Civil Veterinary Dept. Bombay admin report 1923-31 - 1923-1931
Year: 1923
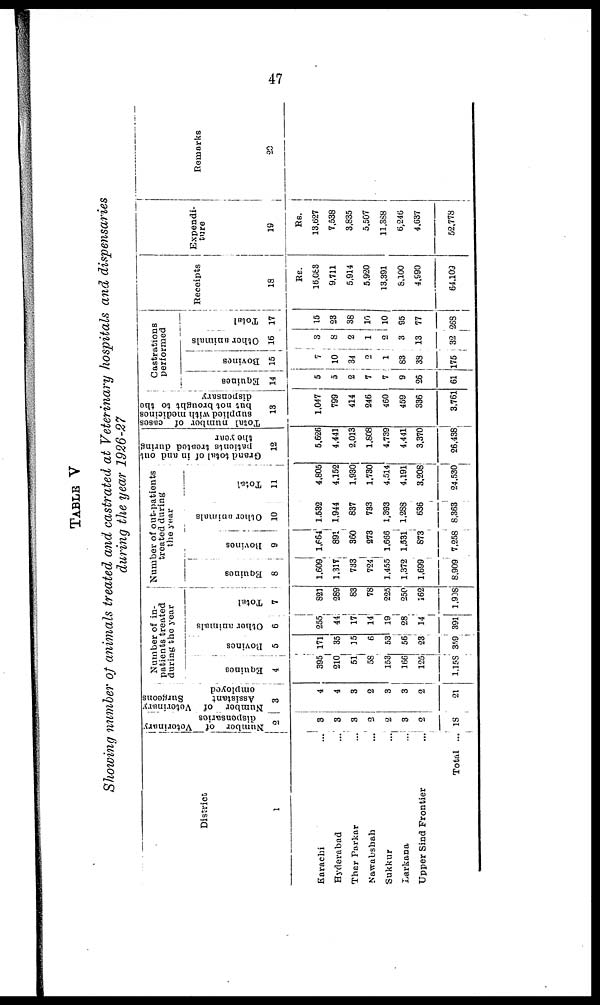
47
TABLE V
Showing number of animals treated and castrated at Veterinary hospitals and dispensaries
during the year 1926-27
District
1
Karachi...
Hyderabad...
Thar Parkar...
Nawabshah...
Sukkur...
Larkana...
Upper Sind Frontier...
Total ...
Number of Veterinary
dispensaries
2
3
3
3
2
2
3
2
18
Number of Veterinary
Assistant
Surgeons
employed
3
4
4
3
2
3
3
2
21
Number of in-
patients treated
during the year
Equi nes
4
395
210
51
58
153
166
125
1,158
Bovi ne s
5
171
35
15
6
53
56
23
359
Ot her animals
6
255
44
17
14
19
28
14
391
Tot al
7
821
289
83
78
225
250
162
1,908
Number of out-patients
treated during
the year
Equines
8
1,609
1,311
733
724
1,455
1,372
1,699
8,909
Bovines
9
1,664
891
360
273
1,666
1,531
873
7,258
Other animals
10
1,532
1,944
837
733
1,393
1,288
636
8,363
Total
11
4,805
4,152
1,930
1,730
4,514
4,191
3,208
24,530
Grand total of in and out
patients treated during
the year
12
5,626
4,441
2,013
1,808
4,739
4,441
3,370
26,438
Total number of cases
supplied with medicines
but not brought to the
dispensary
13
1,047
799
414
246
460
459
336
3,761
Castrations
performed
Equines
14
5
5
2
7
7
9
26
61
Bovines
15
7
10
34
2
1
83
38
175
Other animals
16
3
8
2
1
2
3
13
32
Total
17
15
23
38
10
10
95
77
268
Receipts
18
Rs.
16,083
9,711
5,914
5,920
13,391
8,100
4,990
64,109
Expendi-
ture
19
Rs.
13,627
7,538
3,835
5,507
11,388
6,246
4,637
52,778
Remarks
20